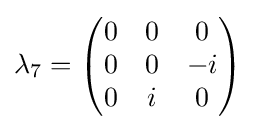
\lambda _{7}={\begin{pmatrix}0&0&0\\0&0&-i\\0&i&0\end{pmatrix}}